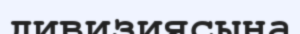
дивизиясына